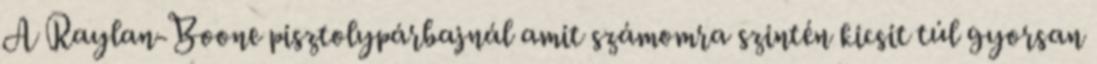
A Raylan-Boone pisztolypárbajnál amit számomra szintén kicsit túl gyorsan